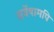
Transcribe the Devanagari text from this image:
सर्वेषामपि